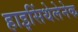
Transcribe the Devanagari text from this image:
हाइसिंथेलेनेक